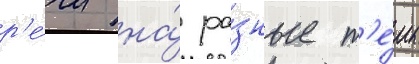
р'е́чи на́ ра́зные т'е́мы